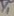
Text: Y1